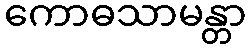
ကောဓသာမန္တာ